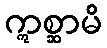
ဣစ္ဆာမိ